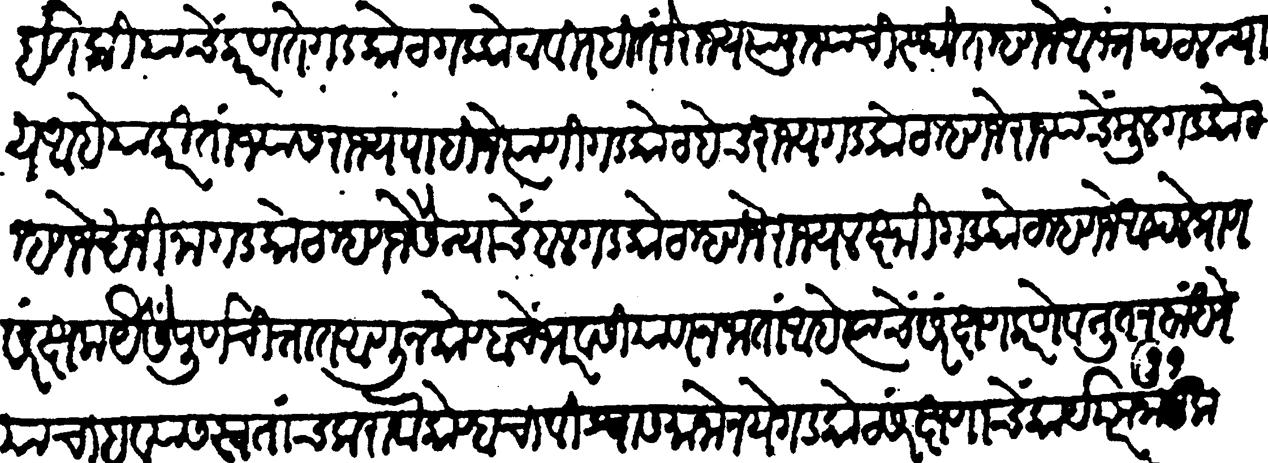
Transliteration (Devanagari): इतकियाचे कारण तें गडकोट गडकोटविरहित जे राज्य त्या राज्याची स्थिते म्हणजे अभ्रपटल न्याय आहे याकरिता ज्यांस राज्य पाहिजे त्याणी गडकोट हेच राज्य गडकोट म्हणजे राज्याचे मूळ गडकोट म्हणजे खजीना गडकोट म्हणजे सैन्याचें बळ गडकोट म्हणजे राज्यलक्ष्मी गडकोट म्हणजे आपले प्राण संरक्षक यैसेंपूर्ण चित्तांत आणून कोण्हाचे भरवसियावर नजातां आहे त्याचें संरक्षण करणें व नूतन बांधणें याचा हव्यास स्वतांच करावा कोण्हाचा विश्वास मानू नये गडकोट संरक्षणाचें कार्य परम नाजूक